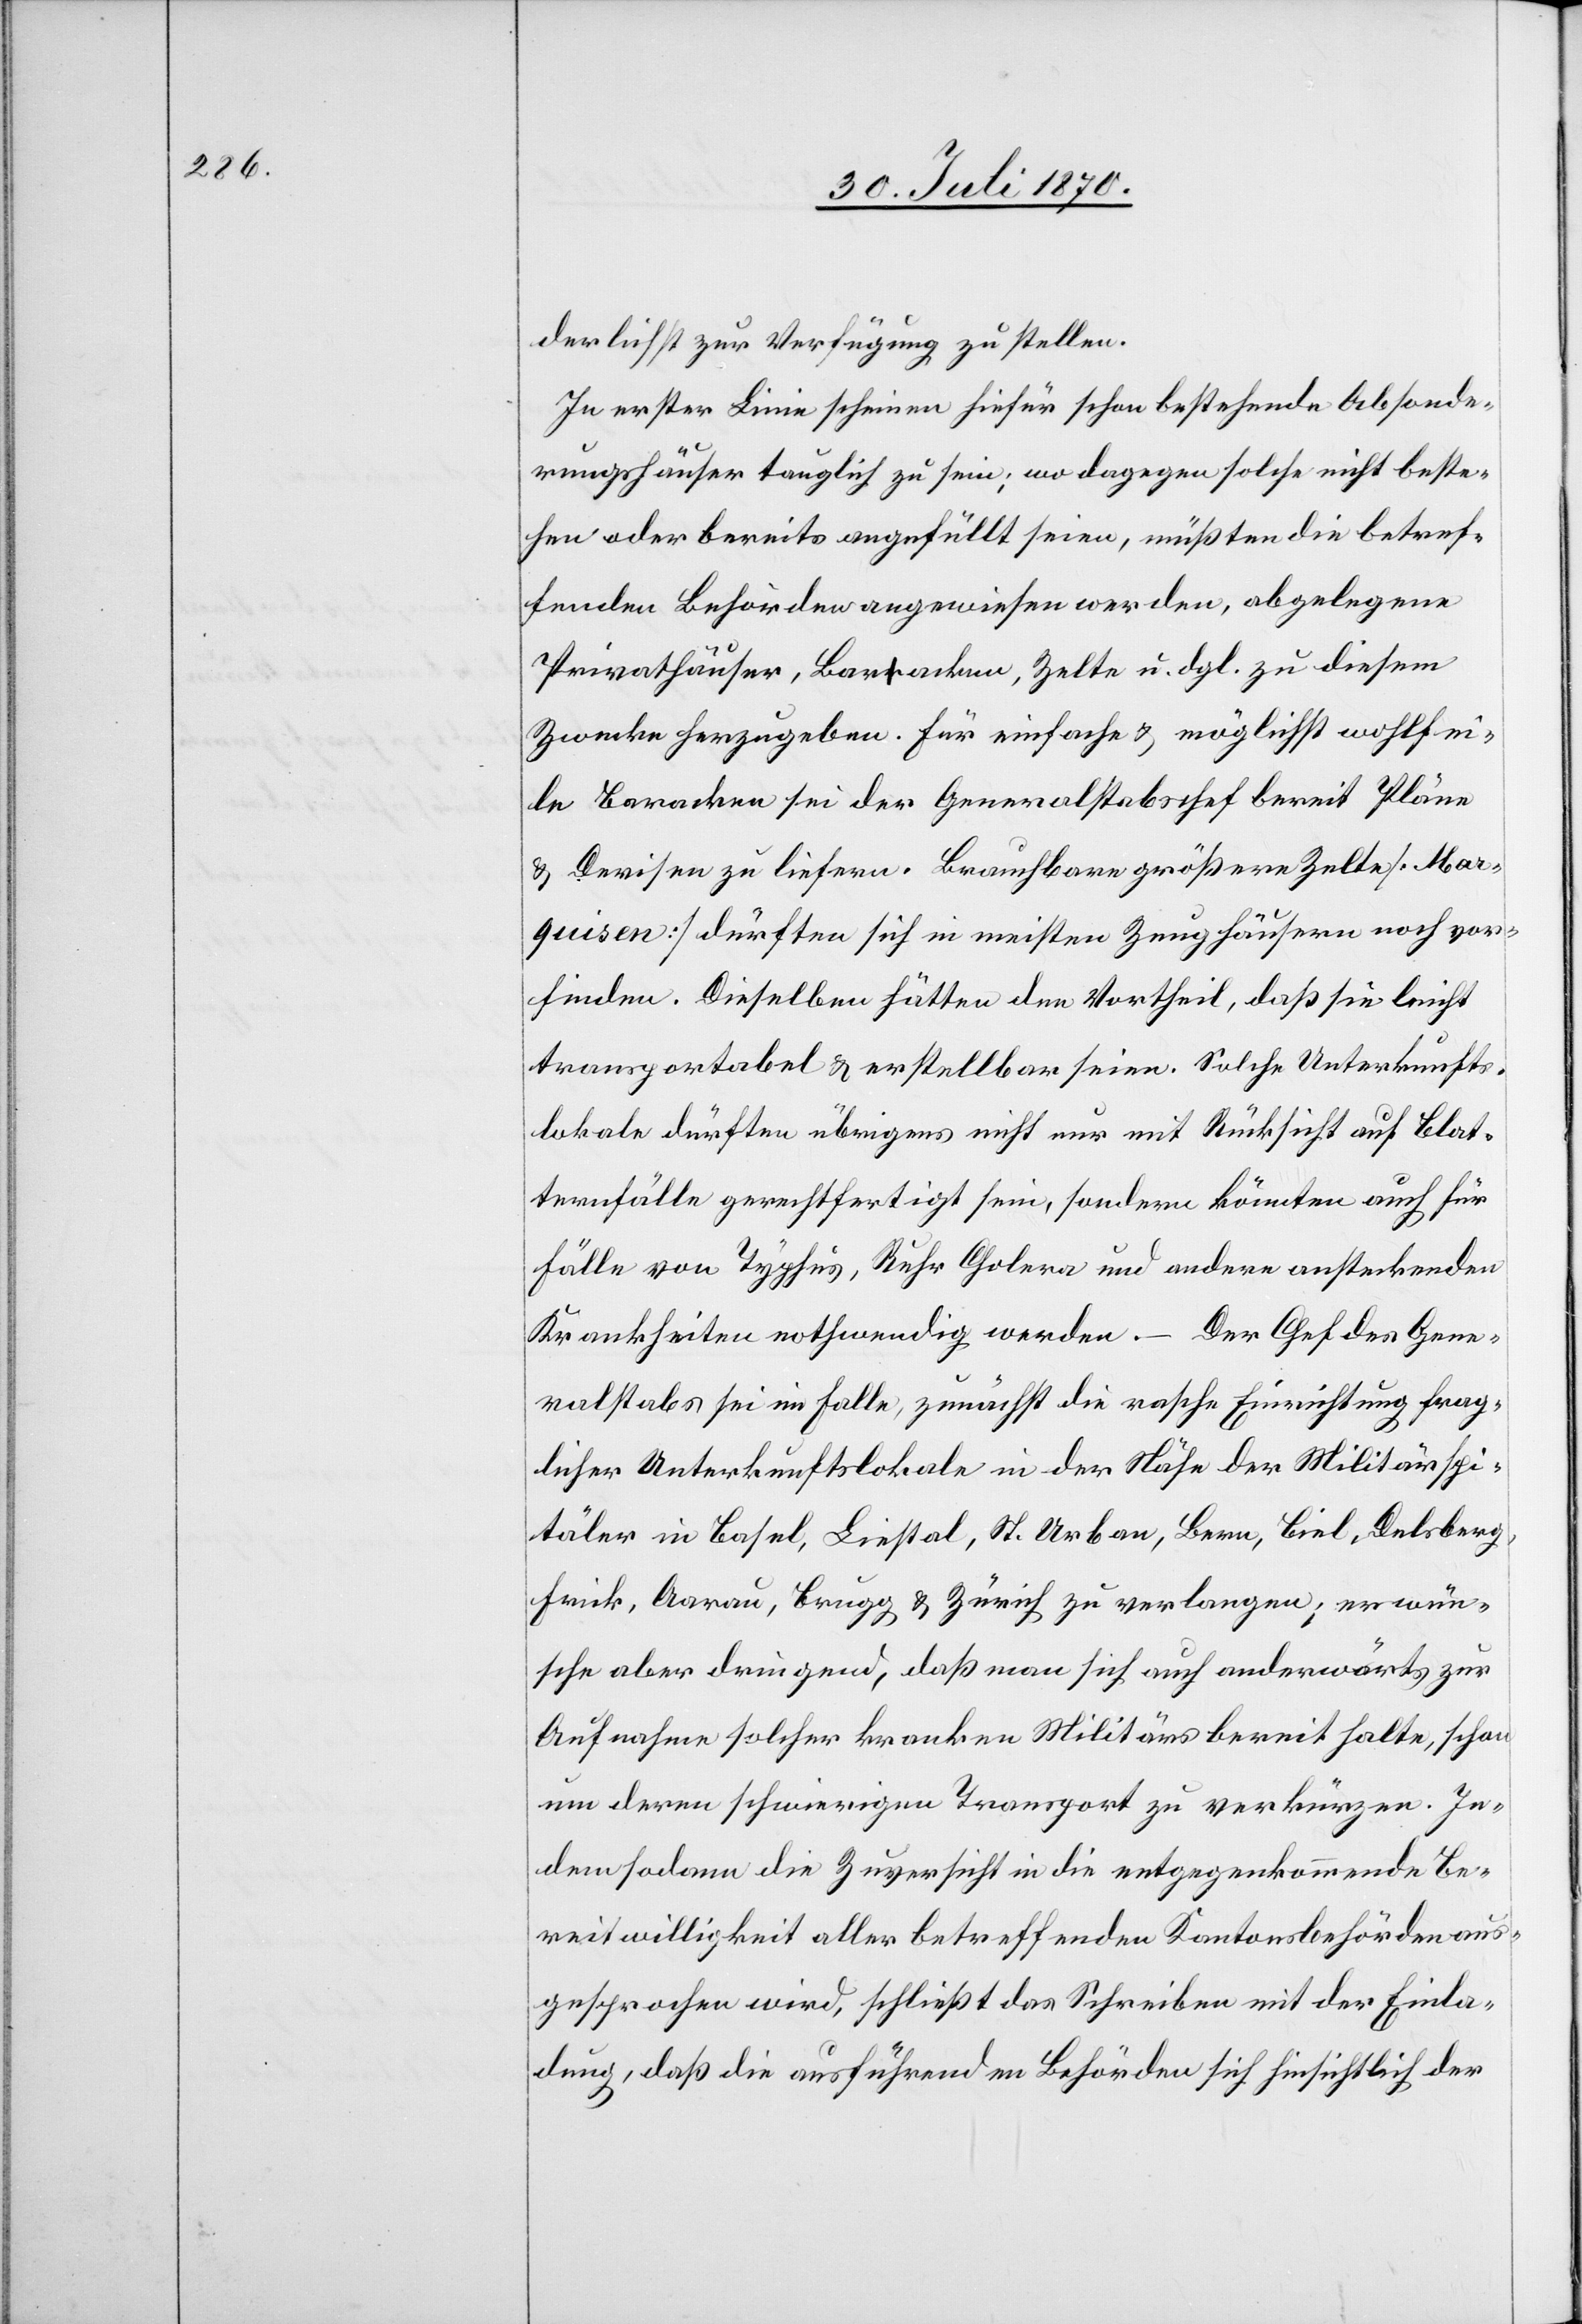
derlichst zur Verfügung zu stellen.
In erster Linie scheinen hierfür schon bestehende Absonde¬
rungshäuser tauglich zu sein; wo dagegen solche nicht beste¬
hen oder bereits angefüllt seien, müßten die betref¬
fenden Behörden angewiesen werden, abgelegene
Privathäuser, Baracken, Zelte u. dgl. zu diesem
Zwecke herzugeben. Für einfache & möglichst wohlfei¬
le Baracken sei der Generalstabschef bereit Pläne
& Devisen zu liefern. Brauchbare größere Zelte [Mar¬
quisen] dürften sich in [den] meisten Zeughäusern noch vor¬
finden. Dieselben hätten den Vortheil, daß sie leicht
transportabel & erstellbar seien. Solche Unterkunfts¬
lokale dürften übrigens nicht nur mit Rücksicht auf Blat¬
ternfälle gerechtfertigt sein, sondern könnten auch für
Fälle von Typhus, Ruhr[,] Cholera und andere ansteckende
–
Der Chef des Gene¬
Krankheiten nothwendig werden.
ralstabs sei im Falle, zumeist die rasche Einrichtung frag¬
licher Unterkunftslokale in der Nähe der Militärspi¬
täler in Basel, Liestal, St. Urban, Bern, Biel, Delsberg,
Frick, Aarau, Brugg & Zürich zu verlangen; er wün¬
sche aber dringend, daß man sich auch anderwärts zur
Aufnahme solcher kranken Militärs bereit halte, schon
um deren schwierigen Transport zu verkürzen. In¬
dem sodann die Zuversicht in die entgegenkommende Be¬
reitwilligkeit aller betreffenden Kantonsbehörden aus¬
gesprochen wird, schließt das Schreiben mit der Einla¬
dung, daß die ausführenden Behörden sich hinsichtlich der